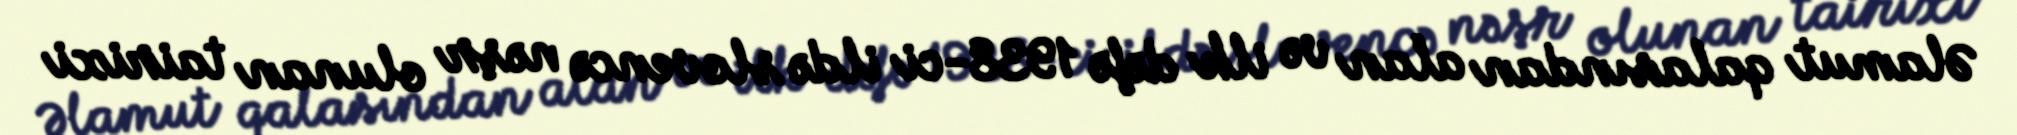
Əlamut qalasından alan və ilk dəfə 1938-ci ildə slovencə nəşr olunan tairixi